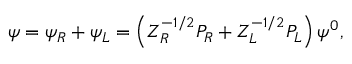
\psi = \psi _ { R } + \psi _ { L } = \left( Z _ { R } ^ { - 1 / 2 } P _ { R } + Z _ { L } ^ { - 1 / 2 } P _ { L } \right) \psi ^ { 0 } ,